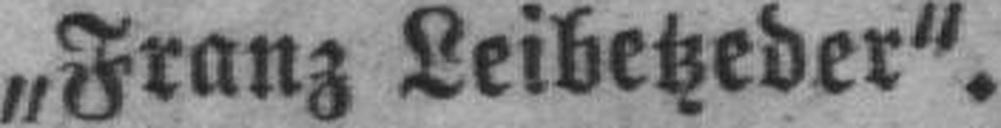
„Franz Leibetzeder“.